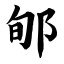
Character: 郇